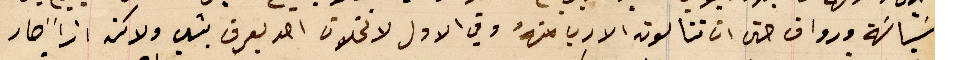
سَياسَة ورواق حتى ان تنالون الارب منهُ وفي الاول لا تخلون احد يعرف بشي ولاكن ازاَ صار